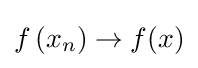
f\left(x_{n}\right)\to f(x)